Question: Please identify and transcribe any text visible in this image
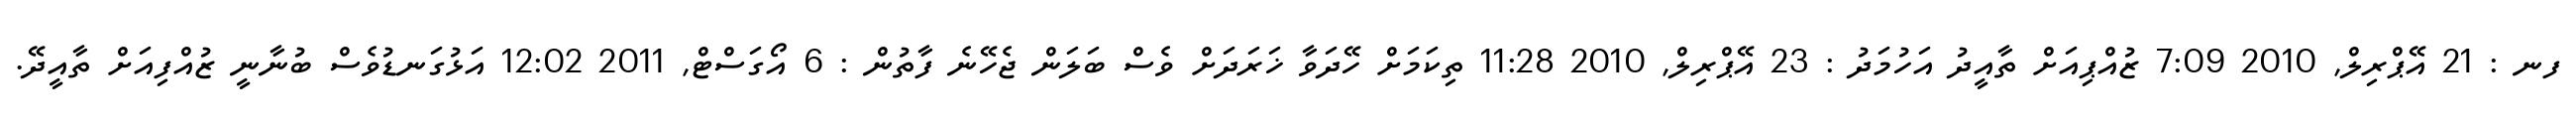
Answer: ފނ : 21 އޭޕްރިލް, 2010 7:09 ޒުއްޕިއަށް ތާއީދު އަހުމަދު : 23 އޭޕްރިލް, 2010 11:28 ތިކަމަށް ހޭދަވާ ޚަރަދަށް ވެސް ބަލަން ޖެހޭނެ ފާތުން : 6 އޯގަސްޓް, 2011 12:02 އަޅުގަނޑުވެސް ބުނާނީ ޒުއްފިއަށް ތާއީދޭ.